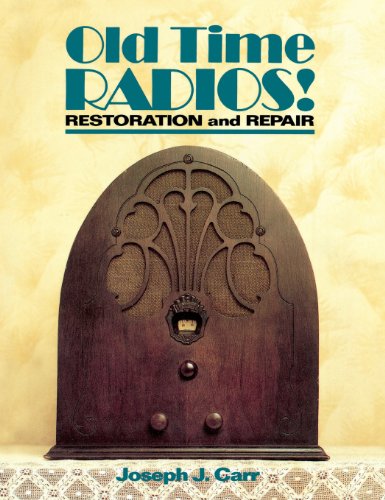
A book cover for Old Time Radios Restoration & Repair; John Carr; Crafts, Hobbies & Home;